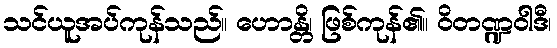
သင်ယူအပ်ကုန်သည်။ ဟောန္တိ၊ ဖြစ်ကုန်၏။ ဝိတဏ္ဍဝါဒီ၊